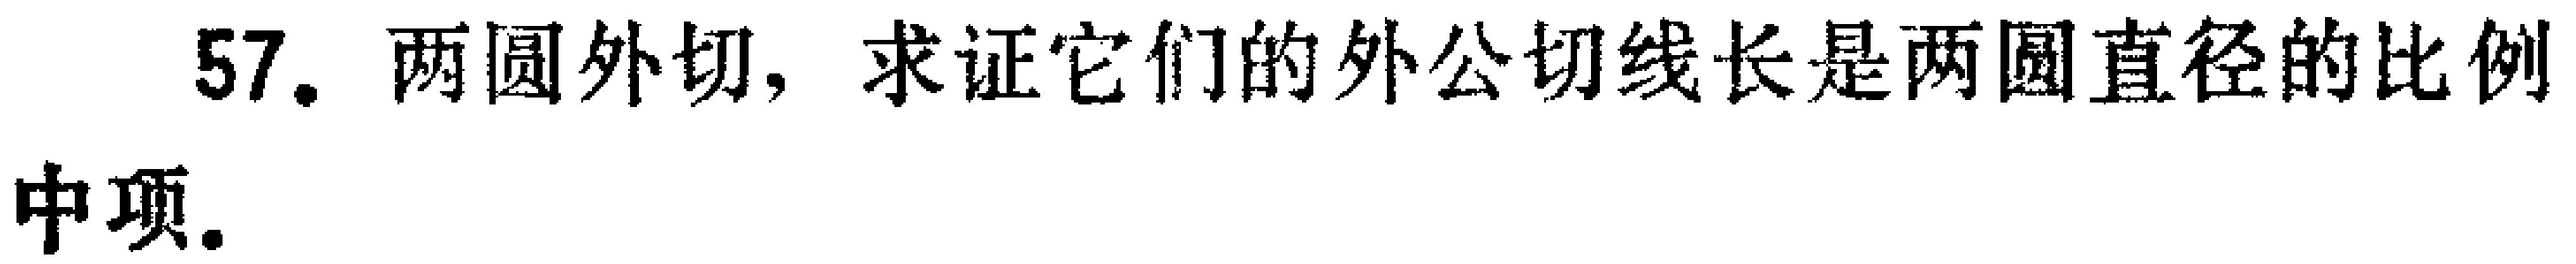
57. 两圆外切，求证它们的外公切线长是两圆直径的比例中项。